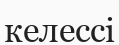
келессі